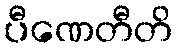
ပီဏေတီတိ